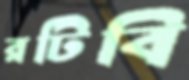
রটিবি